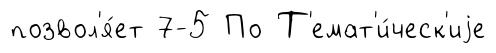
позвол'я́ет 7-5 По Т'емат'и́ческ'иjе